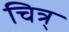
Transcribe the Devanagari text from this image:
चित्र्